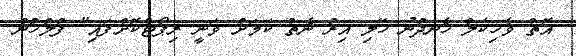
އޮތް ވެހިކަލް ހެނދުނު ހޭލި އިރު ނެތް ކަމަށް ވަނީ ރިޕޯޓްކޮށްފައި" ފުލުހުން